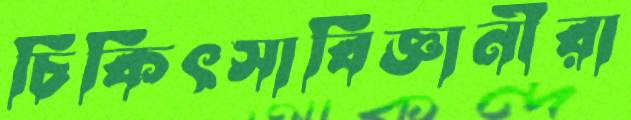
চিকিৎসাবিজ্ঞানীরা